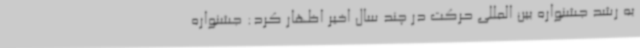
به رشد جشنواره بین المللی حرکت در چند سال اخیر اظهار کرد: جشنواره